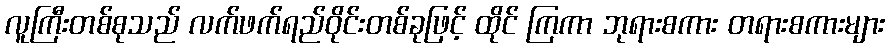
လူကြီးတစ်စုသည် လက်ဖက်ရည်ဝိုင်းတစ်ခုဖြင့် ထိုင် ကြကာ ဘုရားစကား တရားစကားများ